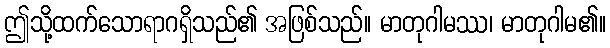
ဤသို့ထက်သောရာဂရှိသည်၏ အဖြစ်သည်။ မာတုဂါမဿ၊ မာတုဂါမ၏။